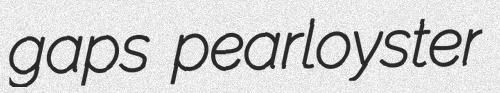
gaps pearloyster